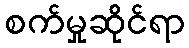
စက်မှုဆိုင်ရာ